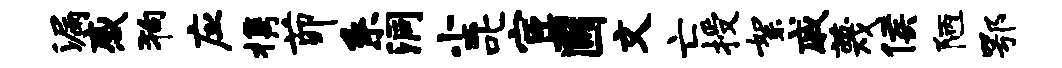
漏感狗应携茆系洞尘叱宦圃文亡授絮戚蔑侯陋鄂